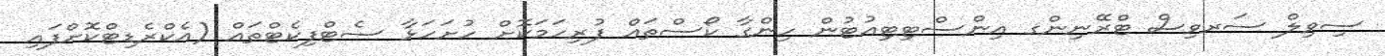
ސިވިލް ސަރވިސް ޓްރޭނިންގ އިންސްޓިޓިއުޓުން ހިންގާ ކޯސްތައް ފުރިހަމަކޮށް ހުށަހަޅާ ސެޓްފިކެޓްތައް (އެކްރެޑިޓްކޮށްފައި